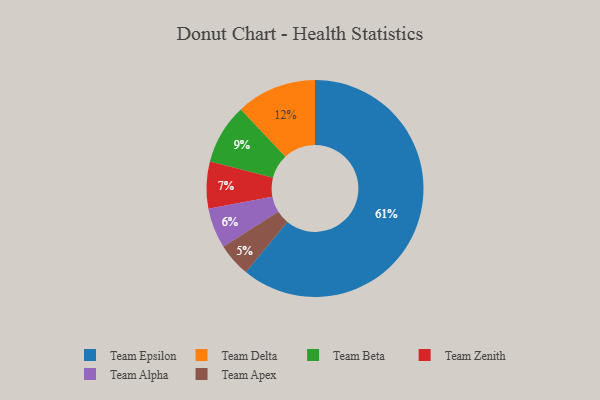
{"axis": {"x": "Category", "y": "Percentage"}, "legend": ["Team Alpha", "Team Apex", "Team Beta", "Team Delta", "Team Epsilon", "Team Zenith"], "data": [{"x": "Team Delta", "y": 12, "type": "Team Delta"}, {"x": "Team Alpha", "y": 6, "type": "Team Alpha"}, {"x": "Team Beta", "y": 9, "type": "Team Beta"}, {"x": "Team Epsilon", "y": 61, "type": "Team Epsilon"}, {"x": "Team Apex", "y": 5, "type": "Team Apex"}, {"x": "Team Zenith", "y": 7, "type": "Team Zenith"}]}